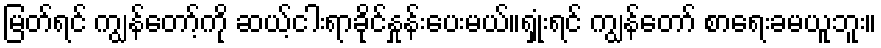
မြတ်ရင် ကျွန်တော့်ကို ဆယ့်ငါးရာခိုင်နှုန်းပေးမယ်။ရှုံးရင် ကျွန်တော် စာရေးခမယူဘူး။